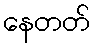
နေတတ်